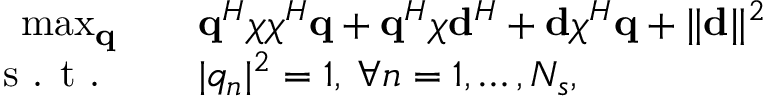
\begin{array} { r l } { \operatorname* { m a x } _ { \mathbf { q } } \quad } & { \mathbf { q } ^ { H } \boldsymbol { \chi } \boldsymbol { \chi } ^ { H } \mathbf { q } + \mathbf { q } ^ { H } \boldsymbol { \chi } \mathbf { d } ^ { H } + \mathbf { d } \boldsymbol { \chi } ^ { H } \mathbf { q } + \| \mathbf { d } \| ^ { 2 } } \\ { \textrm { s . t . } \quad } & { | q _ { n } | ^ { 2 } = 1 , \: \forall n = 1 , \ldots , N _ { s } , } \end{array}